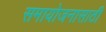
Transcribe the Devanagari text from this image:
समायोजनासाठी